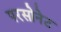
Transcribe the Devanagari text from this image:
परसोनेट